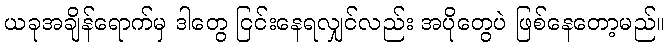
ယခုအချိန်ရောက်မှ ဒါတွေ ငြင်းနေရလျှင်လည်း အပိုတွေပဲ ဖြစ်နေတော့မည်။